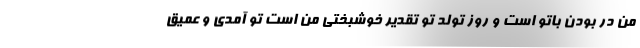
من در بودن باتو است و روز تولد تو تقدیر خوشبختی من است تو آمدی و عمیق